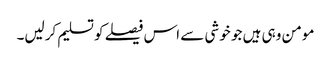
مومن وہی ہیں جو خوشی سے اس فیصلے کو تسلیم کرلیں۔